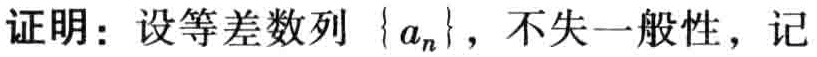
证明：设等差数列\(\{ a_{n}\}\)，不失一般性，记